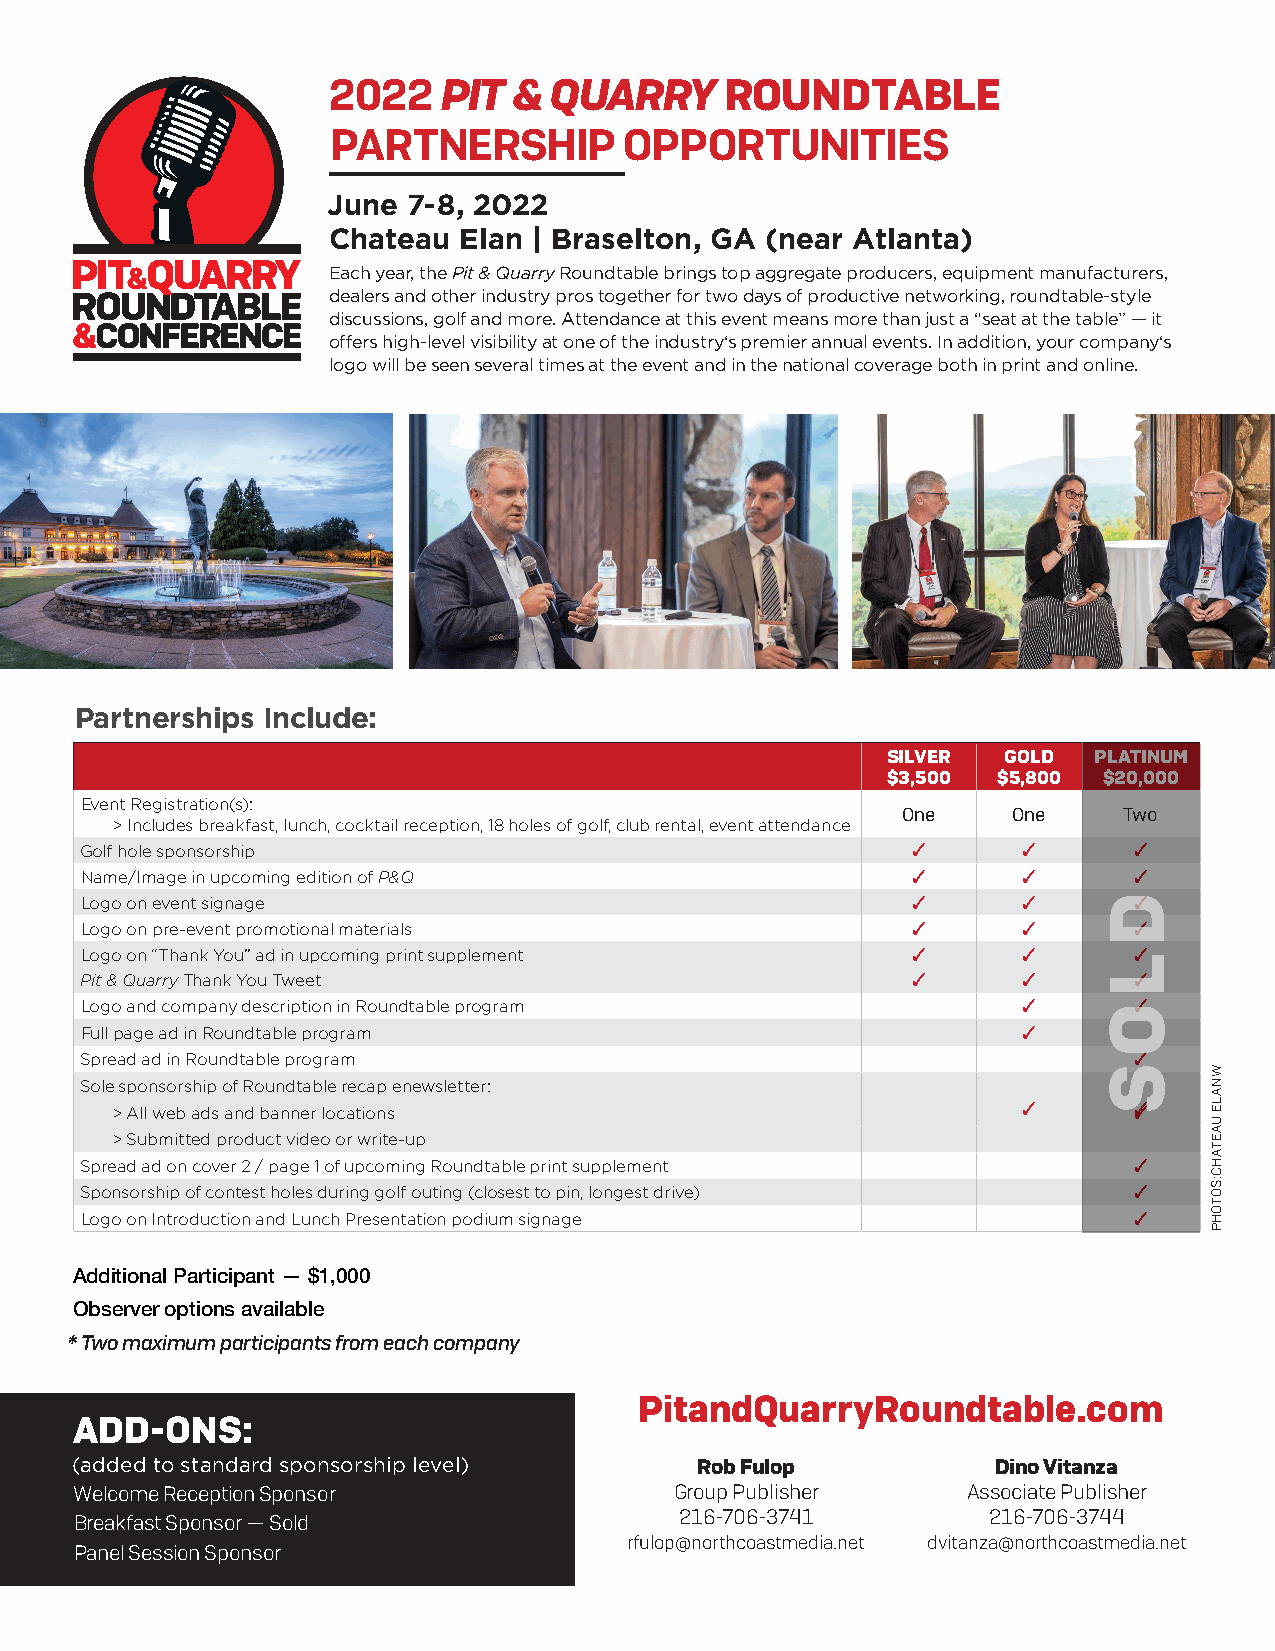
2022   PIT  & QUARRY      ROUNDTABLE
 PARTNERSHIP        OPPORTUNITIES
 June 7-8, 2022
 Chateau Elan | Braselton, GA (near Atlanta)
 Each year, the Pit & Quarry Roundtable brings top aggregate producers, equipment manufacturers,
 dealers and other industry pros together for two days of productive networking, roundtable-style
 discussions, golf and more. Attendance at this event means more than just a “seat at the table” — it
 offers high-level visibility at one of the industry‘s premier annual events. In addition, your company‘s
 logo will be seen several times at the event and in the national coverage both in print and online.
 Partnerships Include:
 SILVER GOLD  PLATINUM
 $3,500 $5,800 $20,000
 Event Registration(s):
 One    One    Two
 > Includes breakfast, lunch, cocktail reception, 18 holes of golf, club rental, event attendance
 Golf hole sponsorship                                  ✓       ✓      ✓
 Name/Image in upcoming edition of P&Q                  ✓       ✓      ✓
 Logo on event signage                                  ✓       ✓      ✓
 Logo on pre-event promotional materials                ✓       ✓      ✓
 Logo on “Thank You” ad in upcoming print supplement    ✓       ✓      ✓
 Pit & Quarry Thank You Tweet                           ✓       ✓      ✓
 Logo and company description in Roundtable program             ✓      ✓
 Full page ad in Roundtable program                             ✓
 Spread ad in Roundtable program                                       ✓
 Sole sponsorship of Roundtable recap enewsletter:
 > All web ads and banner locations
 ✓      ✓✓
 > Submitted product video or write-up
 Spread ad on cover 2 / page 1 of upcoming Roundtable print supplement ✓
 Sponsorship of contest holes during golf outing (closest to pin, longest drive) ✓
 Logo on Introduction and Lunch Presentation podium signage            ✓
 Additional Participant — $1,000
 Observer options available
 * Two maximum participants from each company
 PitandQuarryRoundtable.com
 ADD-ONS:
 (added to standard sponsorship level)    Rob Fulop           Dino Vitanza
 Welcome Reception Sponsor               Group Publisher    Associate Publisher
 216-706-3741        216-706-3744
 Breakfast Sponsor — Sold
 rfulop@northcoastmedia.net dvitanza@northcoastmedia.net
 Panel Session Sponsor
 D
 L
 O
 S      WNALE
 UAETAHC:SOTOHP